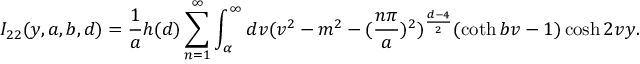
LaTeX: I _ { 2 2 } ( y , a , b , d ) = \frac { 1 } { a } h ( d ) \sum _ { n = 1 } ^ { \infty } \int _ { \alpha } ^ { \infty } d v ( v ^ { 2 } - m ^ { 2 } - ( \frac { n \pi } { a } ) ^ { 2 } ) ^ { \frac { d - 4 } { 2 } } ( \coth b v - 1 ) \cosh 2 v y .